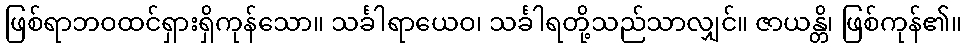
ဖြစ်ရာဘဝထင်ရှားရှိကုန်သော။ သင်္ခါရာယေဝ၊ သင်္ခါရတို့သည်သာလျှင်။ ဇာယန္တိ၊ ဖြစ်ကုန်၏။